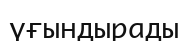
үғындырады